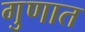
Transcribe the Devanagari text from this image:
गुणात